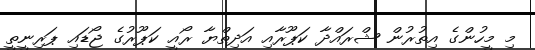
މި މީހުންގެ އިތުރުން ޝްރައްދާ ކަޕޫރާއި އަދިތްޔާ ރޯއީ ކަޕޫރުގެ ޖޯޑައި ޕަރިނީތީ